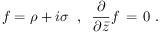
f = \rho + i \sigma \; \; , \; \; \frac { \partial } { \partial { \bar { z } } } f \, = \, 0 \; .